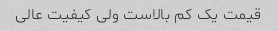
قیمت یک کم بالاست ولی کیفیت عالی